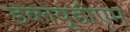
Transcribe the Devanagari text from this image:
डब्लयूडीएम